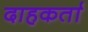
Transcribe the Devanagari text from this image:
दाहकर्ता